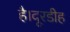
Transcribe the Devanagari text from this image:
है।दूरडीह